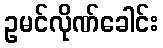
ဥမင်လိုဏ်ခေါင်း